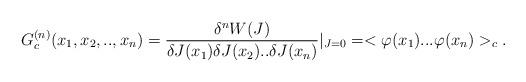
LaTeX: \begin{align*}G_{c}^{(n)}(x_{1},x_{2},..,x_{n})=\frac{\delta^{n}W(J)}{\delta J(x_{1})\delta J(x_{2})..\delta J(x_{n})}|_{J=0}=<\varphi(x_{1})...\varphi(x_{n})>_{c}.\end{align*}